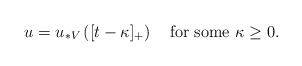
LaTeX: \begin{align*}u=u_{\ast V}\left([t-\kappa]_+\right)\quad\mbox{for some $\kappa\geq0$}.\end{align*}